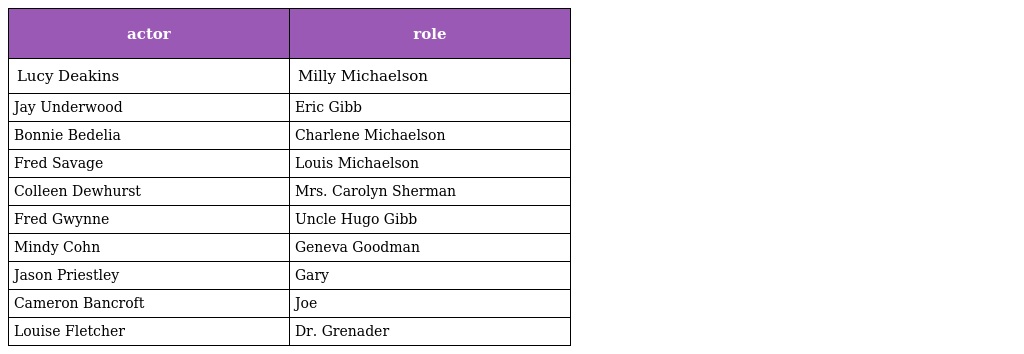
| actor | role |
 | --- | --- |
 | Lucy Deakins | Milly Michaelson |
 | Jay Underwood | Eric Gibb |
 | Bonnie Bedelia | Charlene Michaelson |
 | Fred Savage | Louis Michaelson |
 | Colleen Dewhurst | Mrs. Carolyn Sherman |
 | Fred Gwynne | Uncle Hugo Gibb |
 | Mindy Cohn | Geneva Goodman |
 | Jason Priestley | Gary |
 | Cameron Bancroft | Joe |
 | Louise Fletcher | Dr. Grenader |